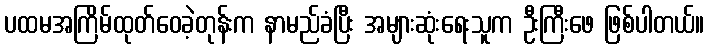
ပထမအကြိမ်ထုတ်ဝေခဲ့တုန်းက နာမည်ခံပြီး အများဆုံးရေးသူက ဦးကြီးဖေ ဖြစ်ပါတယ်။